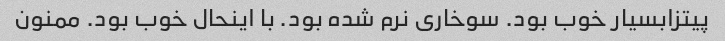
پیتزابسیار خوب بود. سوخاری نرم شده بود. با اینحال خوب بود. ممنون